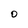
Character: O